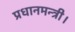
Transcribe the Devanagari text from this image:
प्रधानमन्त्री।